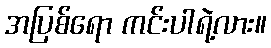
အပြစ်ရော ကင်းပါရဲ့လား။